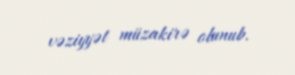
vəziyyət müzakirə olunub.